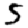
Digit: 5